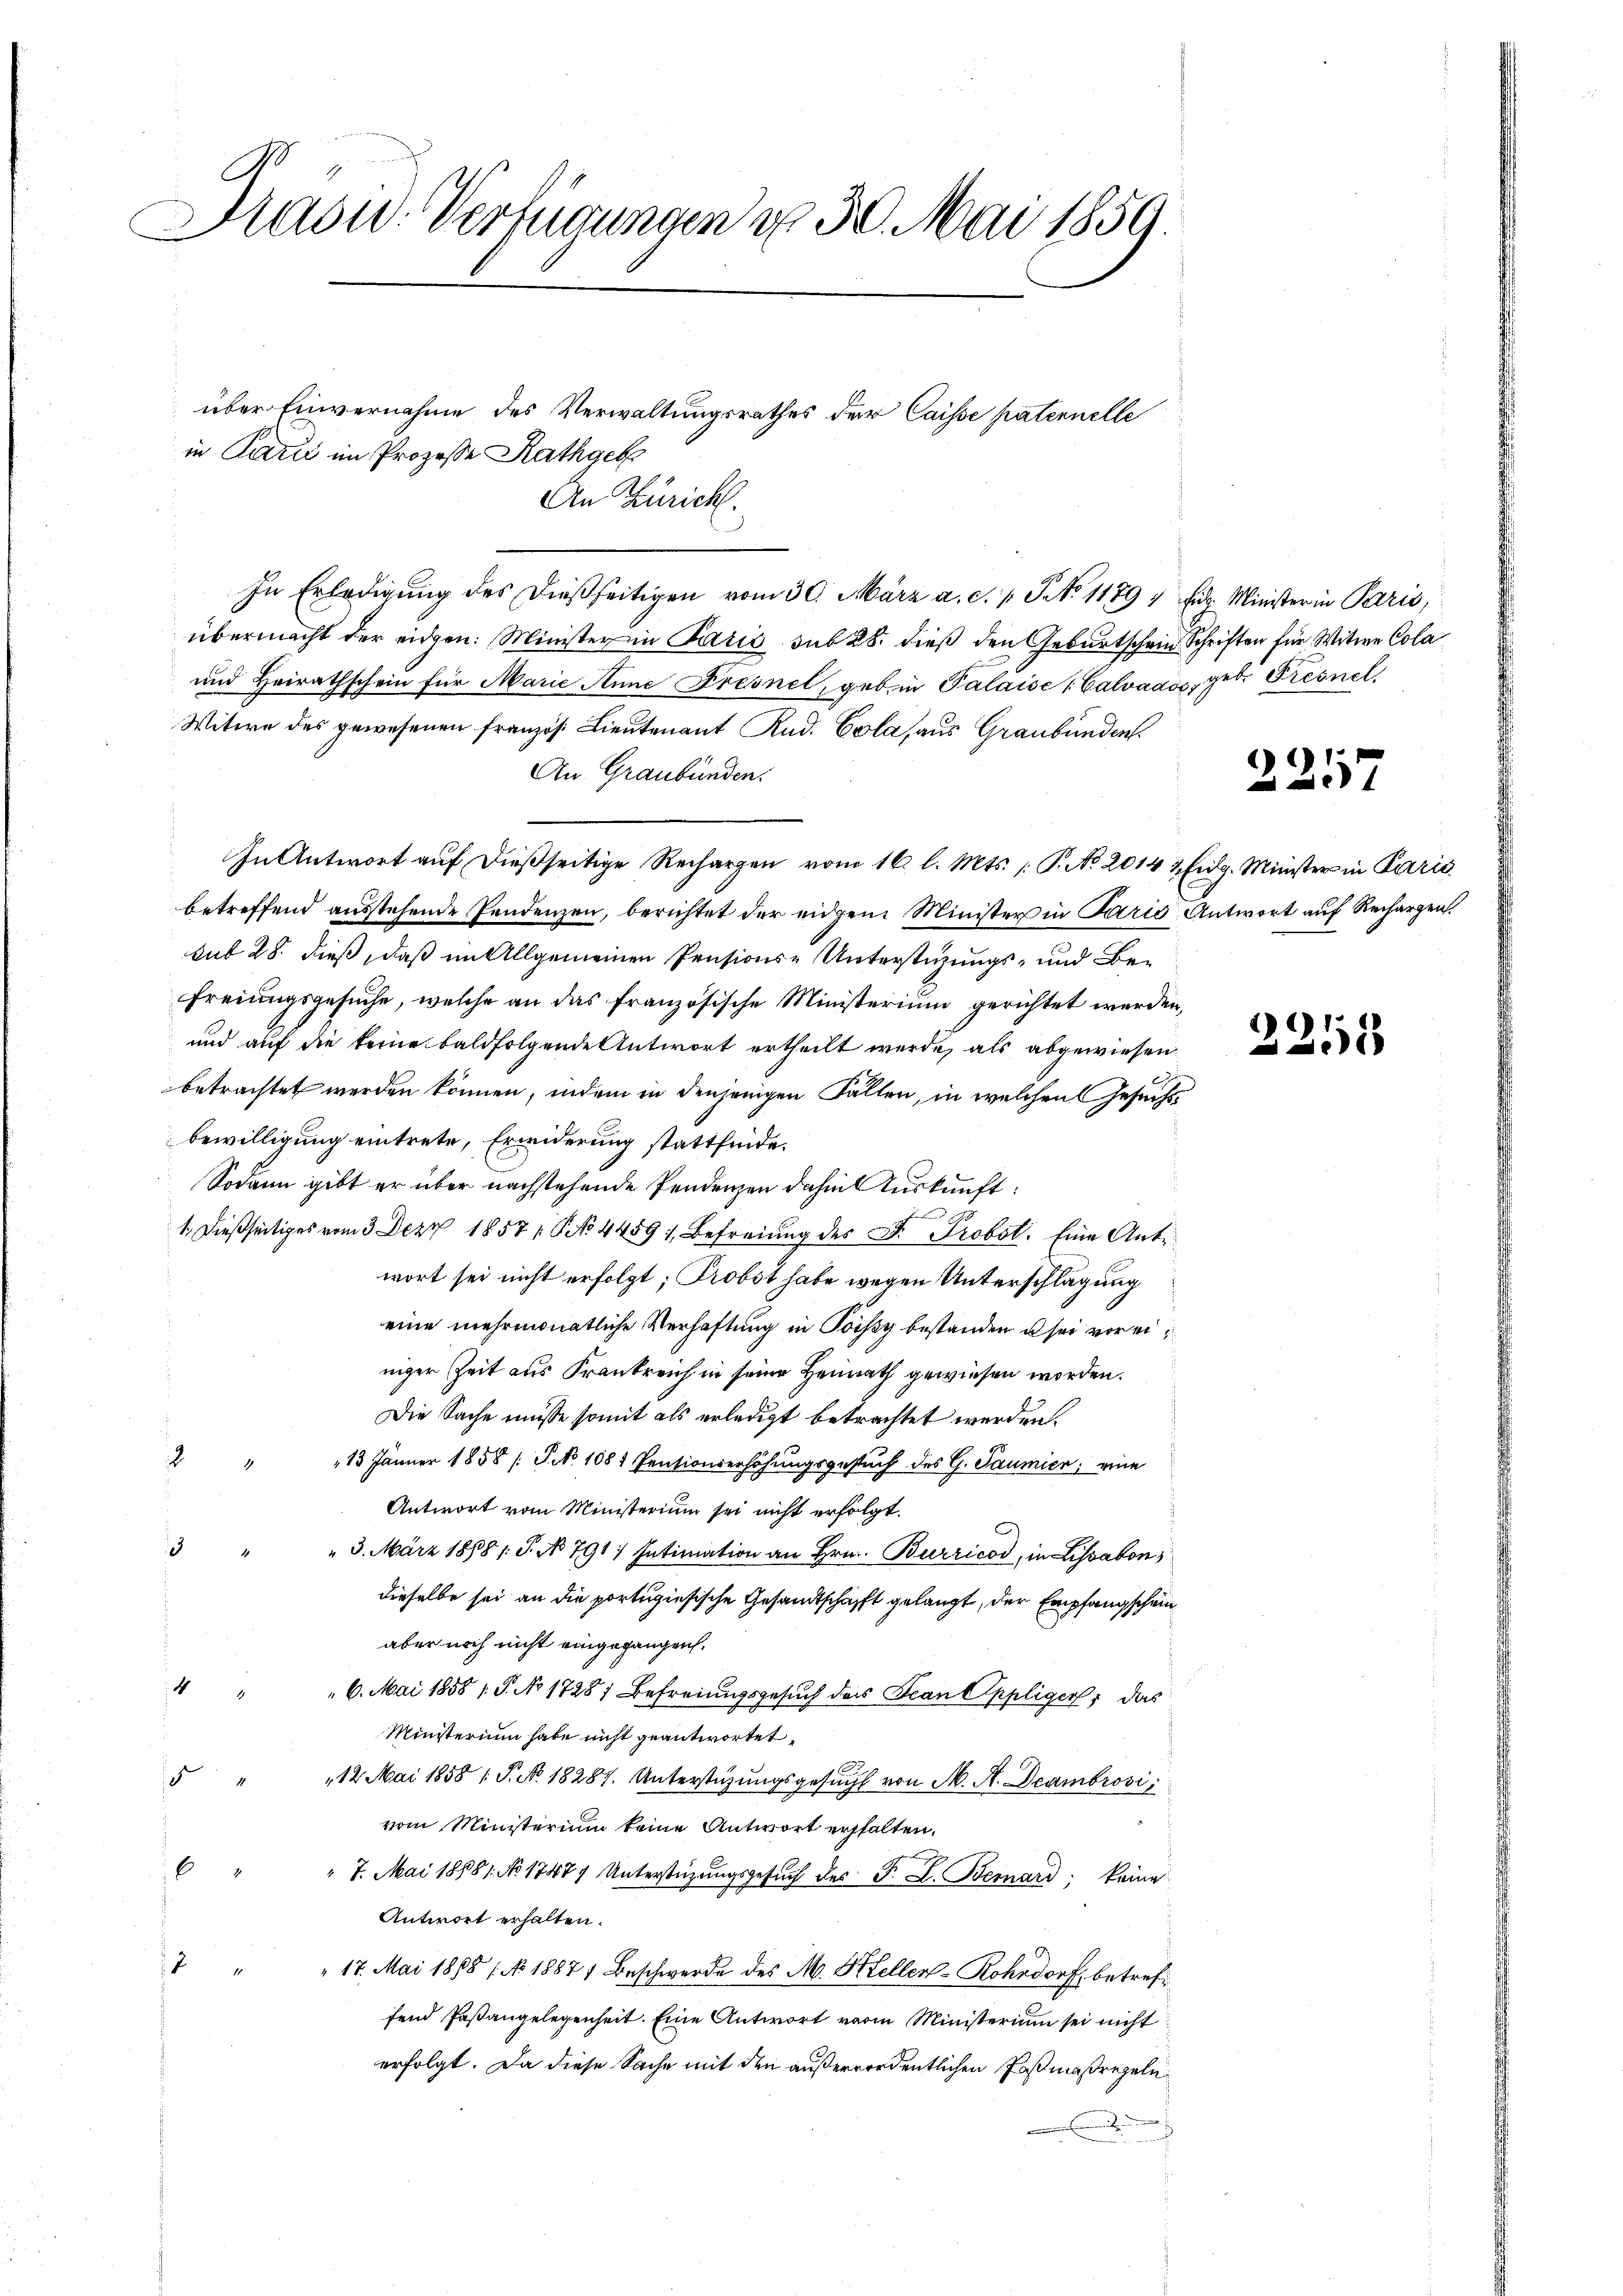
Drasw. Verfügungen d. 30. Mai 1859.

über Einvernahme des Verwaltungsrathes der Caisse patennelle
in Parii im Prozesse Rathgeb
An Zürich.
In Erledigung des dießseitigen vom 30. März a. c. v. J. No 1179
übermacht der eidgen: Minister in Paris sub 28. dieß den Geburtschein Schriften für Witwe Cola
und Heirathschein für Marie Anne Fresnel, geb in Palaise: Calvados, geb. Fresnel
Witwe des gewesenen französ. Lieutenant Rud. Colas aus Graubünden.
An Graubünden.
In Antwort auf dießseitige Rechargen vom 16. l. Mts. P. No 2014.
betreffend ausstehende Pendenzen, berichtet der eidgen Minister in Parig
sub 28. dieß, daß im Allgemeinen Pensions-Unterstüzungs- und Be¬
Freiungsgesuche, welche an das französische Ministerium gerichtet werden
und auf die keine baldfolgende Antwort ertheilt werde, als abgewiesen
betrachtet werden können, indem in denjenigen Fallen, in welchen Gesuch
bewilligung eintrete, Erwiderung stattfinde.
Sodann gibt er über nachstehende Pendenzen dahin Auskunft:
1. dießseitiges vom 3. Dez. 1857 / NNo. 44591, Befreiung des D. Probst. Eine Antr
wort sei nicht erfolgt; Probst habe wegen Unterschlagung
eine mehrmonatliche Verhaftung in Poissy bestanden u sei vor einiger Zeit aus Frankreich in seine Heimath gewiesen worden.
Die Sache müsse somit als erledigt betrachtet werden.
2
13 Jänner 1858 / P. No 1081 Pentionserhöhŭngsgesŭch des G. Saumier, eine
Antwort vom Ministerium sei nicht erfolgt.
" 3. März 1888 1 S. No 791. Intimation an Hrn. Burricod, in Lissabon,
dieselbe sei an die portugiesische Gesandtschafft gelangt, der Empfangschein
aber noch nicht eingegangen.
6. Mai 1858 1. P. No 1728) Befreiungsgesuch des Jean Appliger, das
Ministerium habe nicht geantwortet,
12. Mai 1858 / P. No. 18287. Unterstützungsgesucht von M. A. Deambrosi,
vom Ministerium keine Antwort erhalten.
7. Mai 18681. No. 1747 Unterstützŭngsgesŭch des F. L. Bernard, keine
Antwort erhalten.
" 17. Mai 1888 / No 1887 Beschwerde des M. Hellen-Rohsdorf, betreffend Paßangelegenheit. Eine Antwort vom Ministerium sei nicht
erfolgt. Da diese Sache mit den außerordentlichen Paßmaßregeln¬
.

Filz Ministerin Paris,

221

2 Eidg. Minister in Paris
Antwort auf Rechargen.

2253